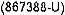
(867388-U)